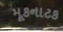
મૂકનાટક